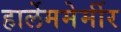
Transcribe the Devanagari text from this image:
हार्लेममेर्मीर